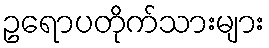
ဥရောပတိုက်သားများ